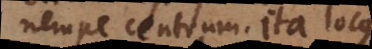
nempe centrum. Ita locus